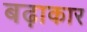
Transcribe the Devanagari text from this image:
बढ़ाकार